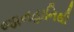
જાનહાનિથી